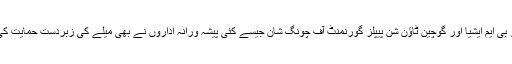
یو بی ایم ایشیا اور گوچین ٹاؤن شن پیپلز گورنمنٹ آف چونگ شان جیسے کئی پیشہ ورانہ اداروں نے بھی میلے کی زبردست حمایت کی۔